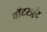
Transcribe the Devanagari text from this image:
वाॅटरफ़्रंट